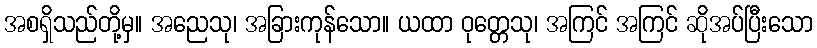
အစရှိသည်တို့မှ။ အညေသု၊ အခြားကုန်သော။ ယထာ ဝုတ္တေသု၊ အကြင် အကြင် ဆိုအပ်ပြီးသော